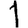
Digit: 1